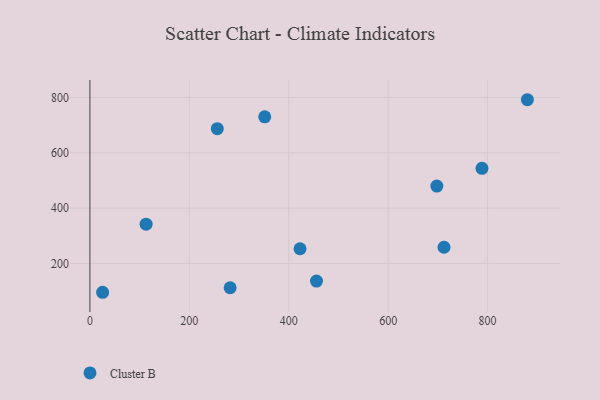
{"axis": {"x": "Study Hours", "y": "Demand"}, "legend": ["Cluster B"], "data": [{"x": "113.1", "y": 341.8, "type": "Cluster B"}, {"x": "788.7", "y": 543.9, "type": "Cluster B"}, {"x": "422.7", "y": 253.1, "type": "Cluster B"}, {"x": "712.3", "y": 258.5, "type": "Cluster B"}, {"x": "256.3", "y": 687.1, "type": "Cluster B"}, {"x": "282.1", "y": 112.2, "type": "Cluster B"}, {"x": "697.9", "y": 479.8, "type": "Cluster B"}, {"x": "455.8", "y": 136.4, "type": "Cluster B"}, {"x": "351.7", "y": 729.9, "type": "Cluster B"}, {"x": "25.6", "y": 95.8, "type": "Cluster B"}, {"x": "880.0", "y": 791.8, "type": "Cluster B"}]}